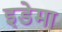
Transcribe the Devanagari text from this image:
इडेमा